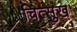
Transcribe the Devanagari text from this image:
चित्सुख